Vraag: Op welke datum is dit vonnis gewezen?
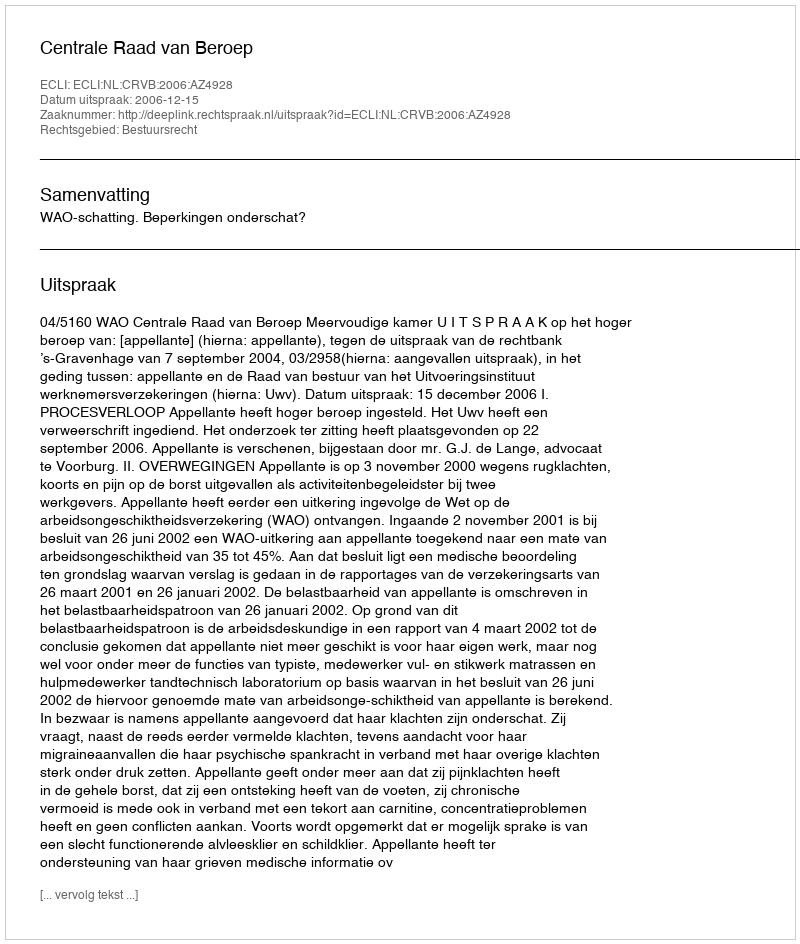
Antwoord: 2006-12-15